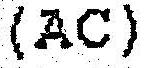
(AC)